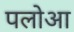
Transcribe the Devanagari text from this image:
पलोआ